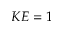
K E = 1